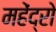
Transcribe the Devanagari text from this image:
महेंद्रो